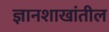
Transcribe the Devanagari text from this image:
ज्ञानशाखांतील